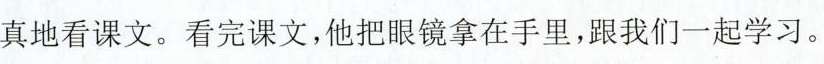
真地看课文。看完课文，他把眼镜拿在手里，跟我们一起学习。